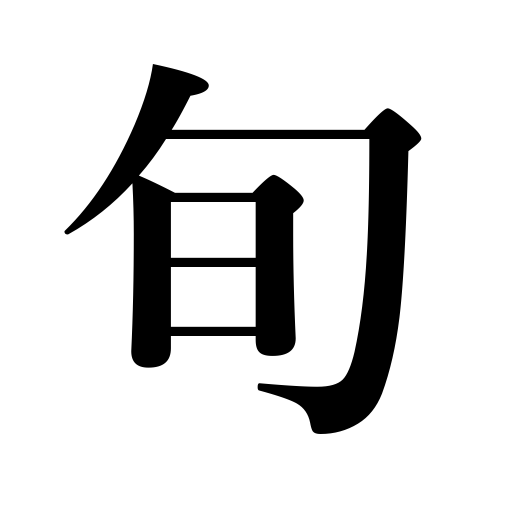
Meanings: season for specific products,ten-day period